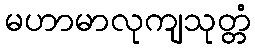
မဟာမာလုကျသုတ္တံ